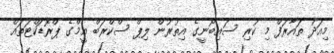
މިއަދު ތައާރަފް މި ކުރި ސައިބޯނީގެ އިތުރުން ލިޕް ސްކްރަބް އީމްގެ ޕްރޮޑަކްޓަތައް